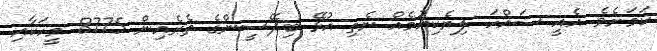
ކަމަށެވެ. އެއީ ސައްހަ ލިޔެކިޔުމެއް ނެތި އުޅޭ ބިދޭސީންގެ ތެރެއިން 8775 މީހަކާއި